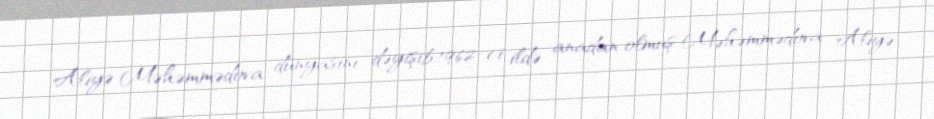
Aliyə Məhəmmədova dünyasını dəyişib.1962-ci ildə anadan olmuş Məhəmmədova Aliyə